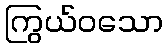
ကြွယ်ဝသော